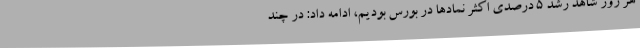
هر روز شاهد رشد 5 درصدی اکثر نمادها در بورس بودیم، ادامه داد: در چند